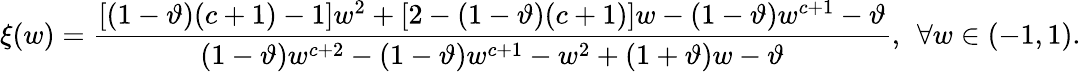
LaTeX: \xi(w)=\frac{[(1-\vartheta)(c+1)-1]w^{2}+[2-(1-\vartheta)(c+1)]w-(1-\vartheta)w^{c+1}-\vartheta}{(1-\vartheta)w^{c+2}-(1-\vartheta)w^{c+1}-w^{2}+(1+\vartheta)w-\vartheta},\: \: \forall w\in(-1,1).